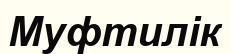
Муфтилік